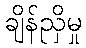
ချိန်ညှိမှု